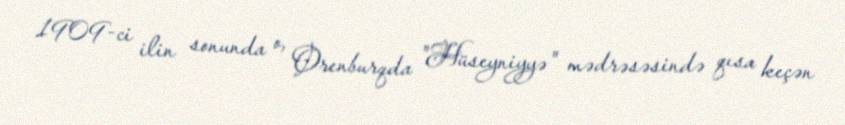
1909-ci ilin sonunda o, Orenburqda "Hüseyniyyə" mədrəsəsində qısa keçən